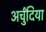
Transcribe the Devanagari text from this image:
अर्चुंदिया